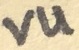
Text: VU